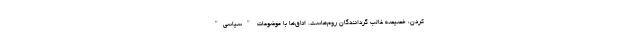
کردن، خصیصه غالبِ گردانندگان روم‌هاست. اتاق‌ها با موضوعات "سیاسی"